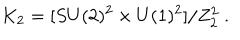
K _ { 2 } = [ S U ( 2 ) ^ { 2 } \times U ( 1 ) ^ { 2 } ] / Z _ { 2 } ^ { 2 } \ .